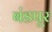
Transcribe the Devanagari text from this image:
बंडपूर